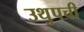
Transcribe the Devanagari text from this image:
उथुपची